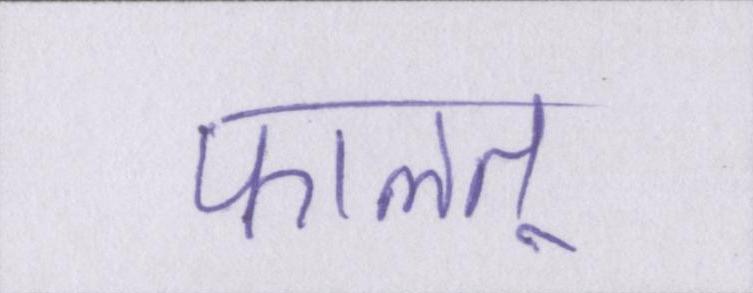
फालतू